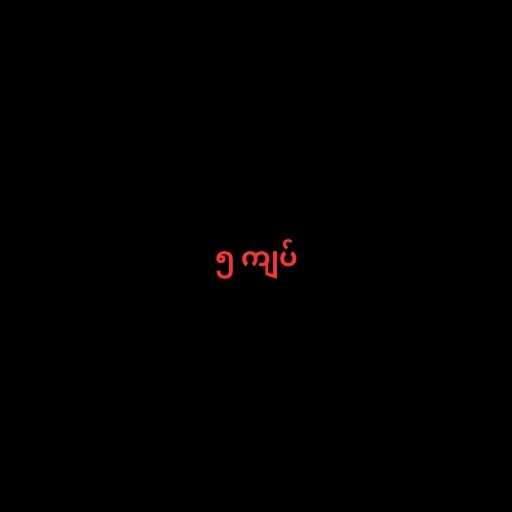
၅ ကျပ်